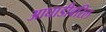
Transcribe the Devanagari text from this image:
आघाडीवरिल